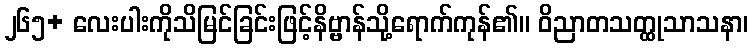
၂၆၅+ လေးပါးကိုသိမြင်ခြင်းဖြင့်နိဗ္ဗာန်သို့ရောက်ကုန်၏။ ဝိညာတသတ္ထုသာသနာ၊